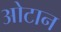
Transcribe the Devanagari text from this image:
ओटान